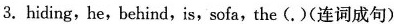
3.hiding,he,behind, is, sofa,the(.)(连词成句)